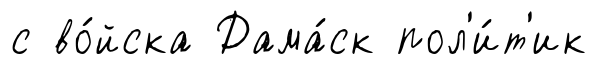
с во́йска Дама́ск пол'и́т'ик